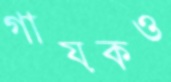
গায়কও